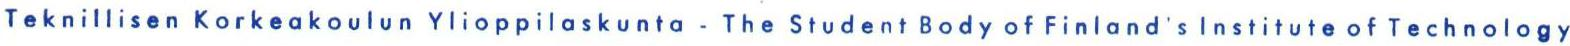
Teknillisen Korkeakoulun Ylioppilaskunta -The Student Body of Finland's lnstitute of Technology